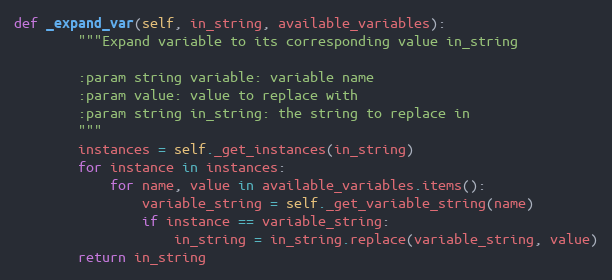
Language: Python
def _expand_var(self, in_string, available_variables):
        """Expand variable to its corresponding value in_string

        :param string variable: variable name
        :param value: value to replace with
        :param string in_string: the string to replace in
        """
        instances = self._get_instances(in_string)
        for instance in instances:
            for name, value in available_variables.items():
                variable_string = self._get_variable_string(name)
                if instance == variable_string:
                    in_string = in_string.replace(variable_string, value)
        return in_string